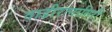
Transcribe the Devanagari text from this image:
वाडीरत्नागिरी